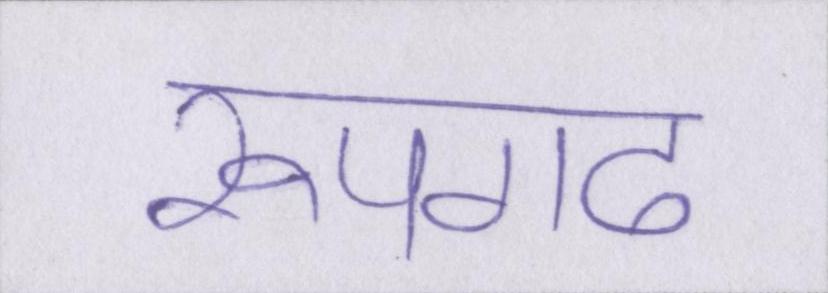
रूपगढ